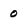
Character: 0